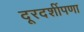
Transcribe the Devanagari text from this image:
दूरदर्शीपणा